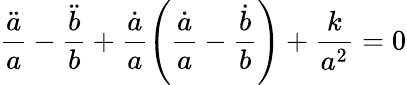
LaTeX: \frac{\ddot{a}}{a}-\frac{\ddot{b}}{b}+\frac{\dot{a}}{a}\Bigg(\frac{\dot{a}}{a}-\frac{\dot{b}}{b}\Bigg)+\frac{k}{a^{2}}=0